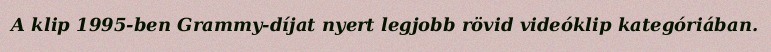
A klip 1995-ben Grammy-díjat nyert legjobb rövid videóklip kategóriában.